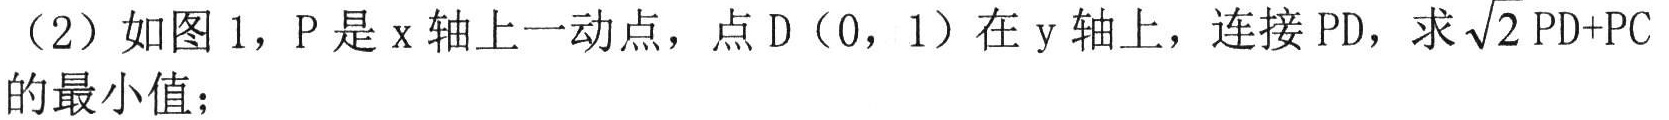
（2）如图 1，\(P\)是\(x\)轴上一动点，点\(D(0,1)\)在\(y\)轴上，连接\(PD\)，求\(\sqrt{2}PD + PC\)的最小值；